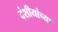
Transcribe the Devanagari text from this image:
वंशीयांच्या